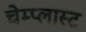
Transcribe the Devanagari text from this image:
चेम्प्लास्ट